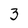
Character: 3